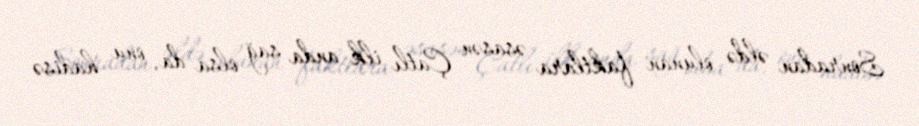
Sonradan əldə olunan faktlara əsasən Çatlı ilk anda sağ olsa da, onu hadisə